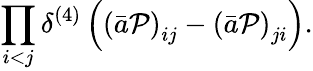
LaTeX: \prod_{i<j}\delta^{(4)}\left(\left(\bar{a}{\cal P}\right)_{ij}-\left(\bar{a}{\cal P}\right)_{ji}\right).